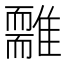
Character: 𩁃